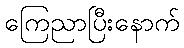
ကြေညာပြီးနောက်